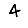
Digit: 4